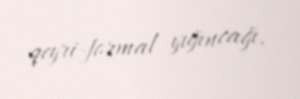
qeyri-formal yığıncağı.